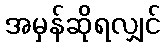
အမှန်ဆိုရလျှင်